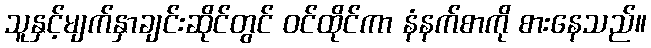
သူနှင့်မျက်နှာချင်းဆိုင်တွင် ဝင်ထိုင်ကာ နံနက်စာကို စားနေသည်။